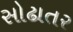
સોઢાતર